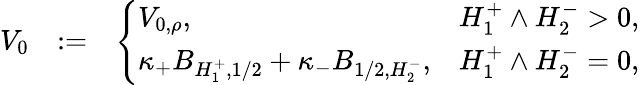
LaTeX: \begin{array}{rlr}{V_{0}}&{:=}&{\left\{ \begin{array}{ll}{V_{0,\rho},}&{H_{1}^{+}\wedge H_{2}^{-}>0,}\\ {\kappa_{+}B_{H_{1}^{+},1/2}+\kappa_{-}B_{1/2,H_{2}^{-}},}&{H_{1}^{+}\wedge H_{2}^{-}=0,}\end{array}\right.}\end{array}